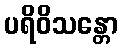
ပရိဝိသန္တော